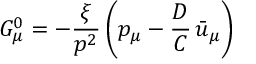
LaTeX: G _ { \mu } ^ { 0 } = - { \frac { \xi } { p ^ { 2 } } } \left( p _ { \mu } - { \frac { D } { C } } \, \bar { u } _ { \mu } \right)